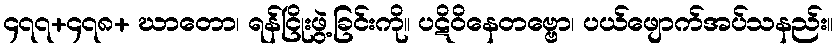
၄၇၇+၄၇၈+ ဃာတော၊ ရန်ငြိုးဖွဲ့ခြင်းကို။ ပဋိဝိနေတဗ္ဗော၊ ပယ်ဖျောက်အပ်သနည်း။